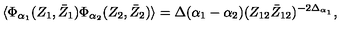
\langle \Phi _ { \alpha _ { 1 } } ( Z _ { 1 } , \bar { Z } _ { 1 } ) \Phi _ { \alpha _ { 2 } } ( Z _ { 2 } , \bar { Z } _ { 2 } ) \rangle = \Delta ( \alpha _ { 1 } - \alpha _ { 2 } ) ( Z _ { 1 2 } \bar { Z } _ { 1 2 } ) ^ { - 2 \Delta _ { \alpha _ { 1 } } } ,